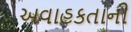
અવાહકતાની